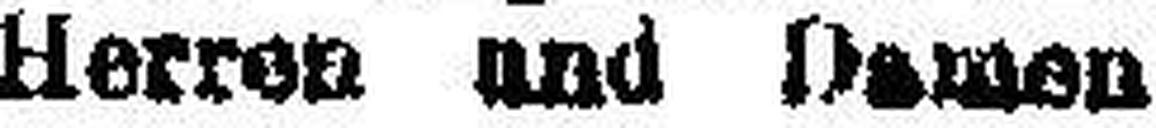
Herren und Damen